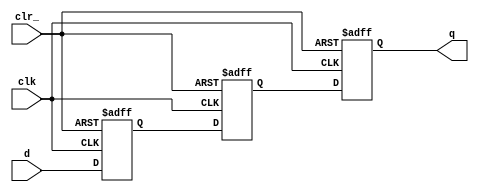
// This program was cloned from: https://github.com/TILOS-AI-Institute/MacroPlacement
// License: BSD 3-Clause "New" or "Revised" License

// ================================================================
// NVDLA Open Source Project
//
// Copyright(c) 2016 - 2017 NVIDIA Corporation. Licensed under the
// NVDLA Open Hardware License; Check "LICENSE" which comes with
// this distribution for more information.
// ================================================================
module p_SSYNC3DO_C_PPP (
  clk
 ,d
 ,clr_
 ,q
 );
//---------------------------------------
//IO DECLARATIONS
input clk ;
input d ;
input clr_ ;
output q ;
reg q,d1,d0;
always @(posedge clk or negedge clr_)
begin
    if(~clr_)
        {q,d1,d0} <= 3'd0;
    else
        {q,d1,d0} <= {d1,d0,d};
end
endmodule